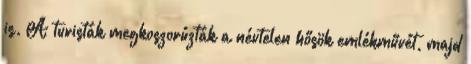
is. A turisták megkoszorúzták a névtelen hősök emlékművét, majd